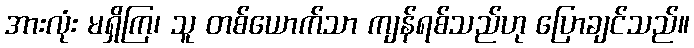
အားလုံး မရှိကြ၊ သူ တစ်ယောက်သာ ကျန်ရစ်သည်ဟု ပြောချင်သည်။